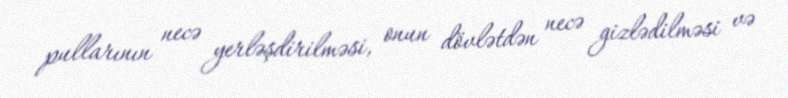
pullarının necə yerləşdirilməsi, onun dövlətdən necə gizlədilməsi və